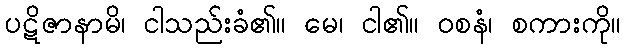
ပဋိဇာနာမိ၊ ငါသည်းခံ၏။ မေ၊ ငါ၏။ ဝစနံ၊ စကားကို။